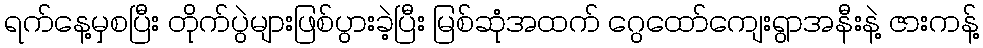
ရက်နေ့မှစပြီး တိုက်ပွဲများဖြစ်ပွားခဲ့ပြီး မြစ်ဆုံအထက် ဂွေထော်ကျေးရွာအနီးနဲ့ ဇားကန့်